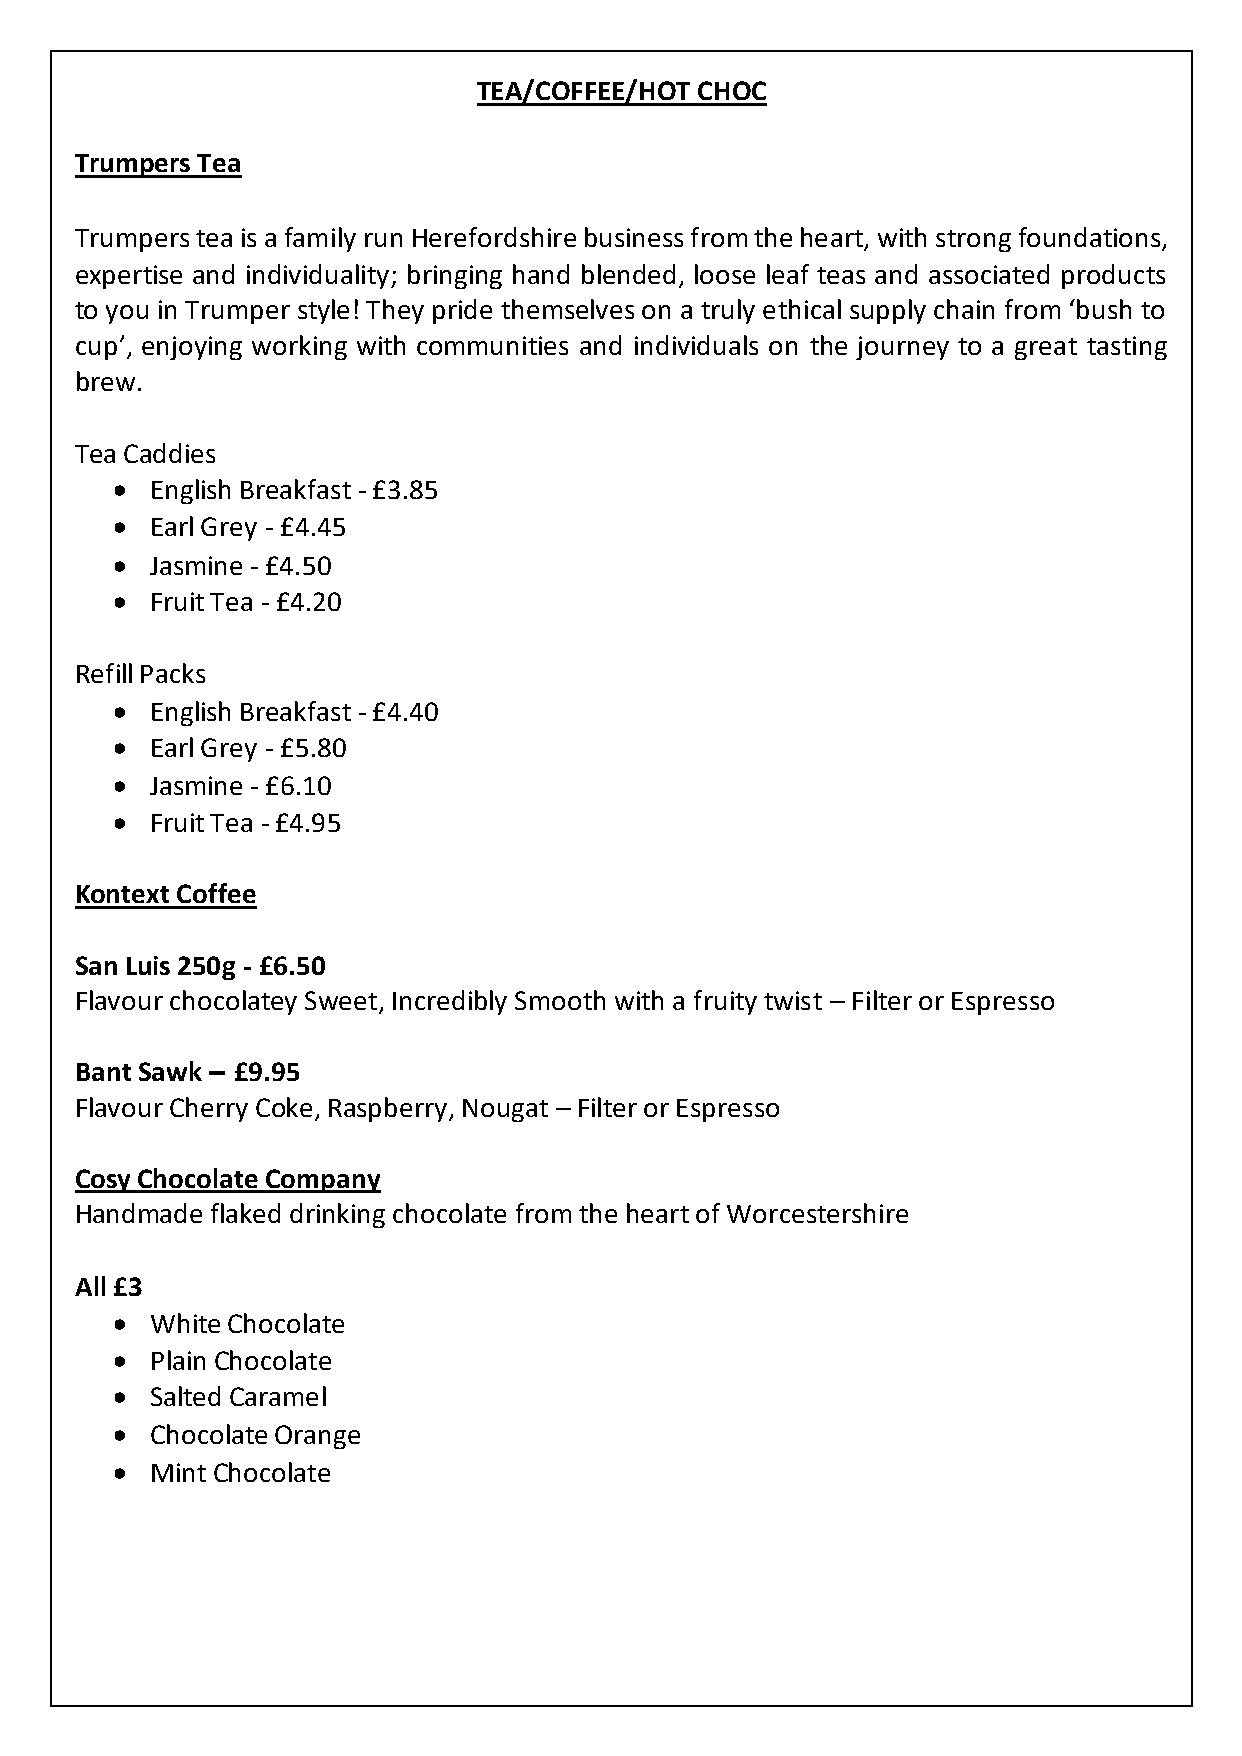
TEA/COFFEE/HOT CHOC
 Trumpers Tea
 Trumpers tea is a family run Herefordshire business from the heart, with strong foundations,
 expertise and individuality; bringing hand blended, loose leaf teas and associated products
 to you in Trumper style! They pride themselves on a truly ethical supply chain from ‘bush to
 cup’, enjoying working with communities and individuals on the journey to a great tasting
 brew.
 Tea Caddies
 •  English Breakfast - £3.85
 •  Earl Grey - £4.45
 •  Jasmine - £4.50
 •  Fruit Tea - £4.20
 Refill Packs
 •  English Breakfast - £4.40
 •  Earl Grey - £5.80
 •  Jasmine - £6.10
 •  Fruit Tea - £4.95
 Kontext Coffee
 San Luis 250g - £6.50
 Flavour chocolatey Sweet, Incredibly Smooth with a fruity twist – Filter or Espresso
 Bant Sawk – £9.95
 Flavour Cherry Coke, Raspberry, Nougat – Filter or Espresso
 Cosy Chocolate Company
 Handmade flaked drinking chocolate from the heart of Worcestershire
 All £3
 •  White Chocolate
 •  Plain Chocolate
 •  Salted Caramel
 •  Chocolate Orange
 •  Mint Chocolate